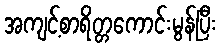
အကျင့်စာရိတ္တကောင်းမွန်ပြီး